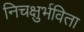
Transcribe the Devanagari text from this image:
निचक्षुर्भविता